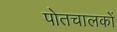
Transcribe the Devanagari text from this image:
पोतचालकों